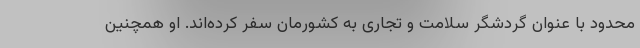
محدود با عنوان گردشگر سلامت و تجاری به کشورمان سفر کرده‌اند. او همچنین